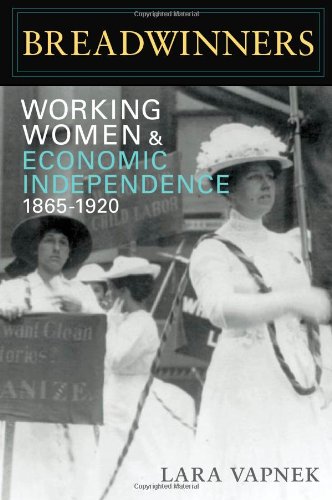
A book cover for Breadwinners: Working Women and Economic Independence, 1865-1920 (Women in American History); Lara Vapnek; Business & Money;